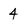
Character: 4